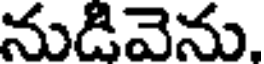
నుడివెను.